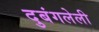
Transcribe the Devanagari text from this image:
दुबंगलेली